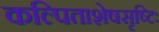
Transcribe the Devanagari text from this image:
कल्पिताशेषसृष्टिः